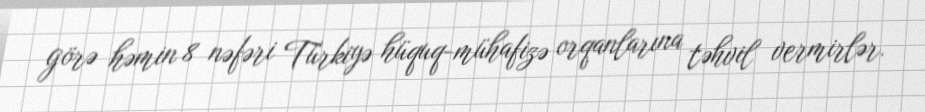
görə həmin 8 nəfəri Türkiyə hüquq-mühafizə orqanlarına təhvil vermirlər.